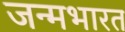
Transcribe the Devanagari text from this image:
जन्मभारत